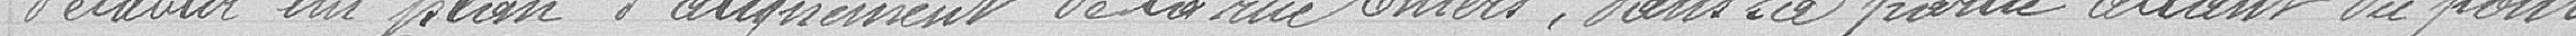
d'établir un plan d'alignement de la rue Thiers, dans la partie allant du pont